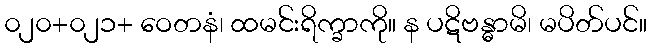
၀၂၀+၀၂၁+ ဝေတနံ၊ ထမင်းရိက္ခာကို။ န ပဋိဗန္ဓာမိ၊ မပိတ်ပင်။